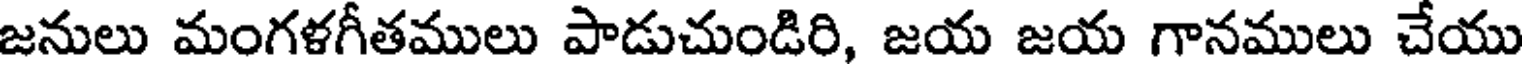
జనులు మంగళగీతములు పాడుచుండిరి, జయ జయ గానములు చేయు